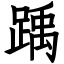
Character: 踽